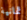
ثمانية